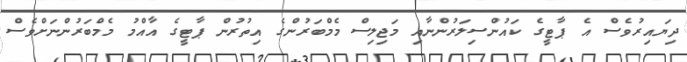
ދިޔައިރުވެސް އެ ޕާޓީގެ ކައުންސިލަރުންނާއި މަޖިލިސް މެމްބަރުންގެ އިތުރުން ޕާޓީގެ އާއްމު މެމްބަރުންނަށްވެސް